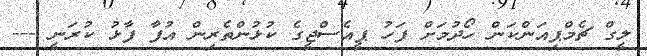
ލީގް ޗެމްޕިއަންކަން ހޯދުމަށް ފަހު ޕީއެސްޖީގެ ކުޅުންތެރިން އުފާ ފާޅު ކުރަނީ ---